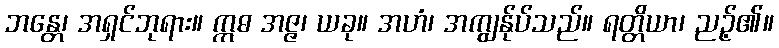
ဘန္တေ၊ အရှင်ဘုရား။ ဣဓ အဇ္ဇ၊ ယခု။ အဟံ၊ အကျွန်ုပ်သည်။ ရတ္တိယာ၊ ညဉ့်၏။